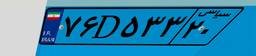
۷۵D۲۹۵۹۹